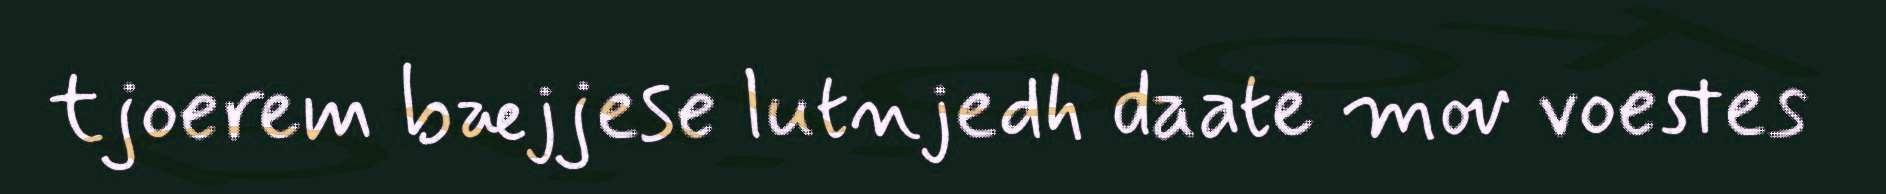
tjoerem bæjjese lutnjedh daate mov voestes